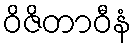
ဝိဇိတာဝီနံ